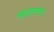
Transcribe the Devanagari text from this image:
सादारणतः